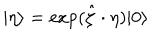
LaTeX: | \eta \rangle = \exp ( \hat { \zeta } \cdot \eta ) | 0 \rangle